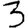
Digit: 3